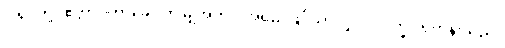
ငါ့ရှင်တို့။ ဧတ္တာဝတာခေါ၊ ဤမျှအတိုင်းအရှည်ဖြင့်သာလျှင်။ ဘိက္ခု၊ ရဟန်းသည်။